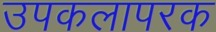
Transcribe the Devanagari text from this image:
उपकलापरक